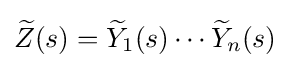
{\widetilde {Z}}(s)={\widetilde {Y}}_{1}(s)\cdots {\widetilde {Y}}_{n}(s)